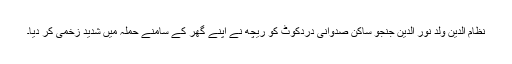
نظام الدین ولد نور الدین جنجو ساکن صدوانی دردکوٹ کو ریچھ نے اپنے گھر کے سامنے حملہ میں شدید زخمی کر دیا۔